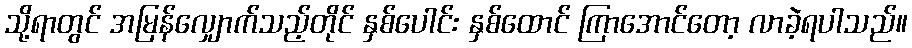
သို့ရာတွင် အမြန်လျှောက်သည့်တိုင် နှစ်ပေါင်း နှစ်ထောင် ကြာအောင်တော့ လာခဲ့ရပါသည်။